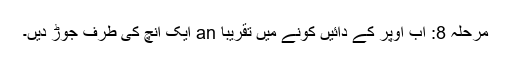
مرحلہ 8: اب اوپر کے دائیں کونے میں تقریبا an ایک انچ کی طرف جوڑ دیں۔